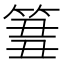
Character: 𥮢